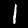
Digit: 1